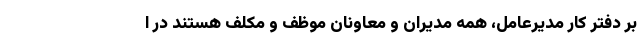
بر دفتر کار مدیرعامل، همه مدیران و معاونان موظف و مکلف هستند در ا